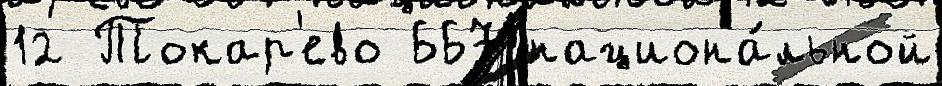
12 Токар'ево 667 национа́льной